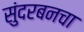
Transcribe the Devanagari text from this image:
सुंदरबनचा